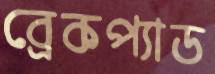
ব্রেকপ্যাড